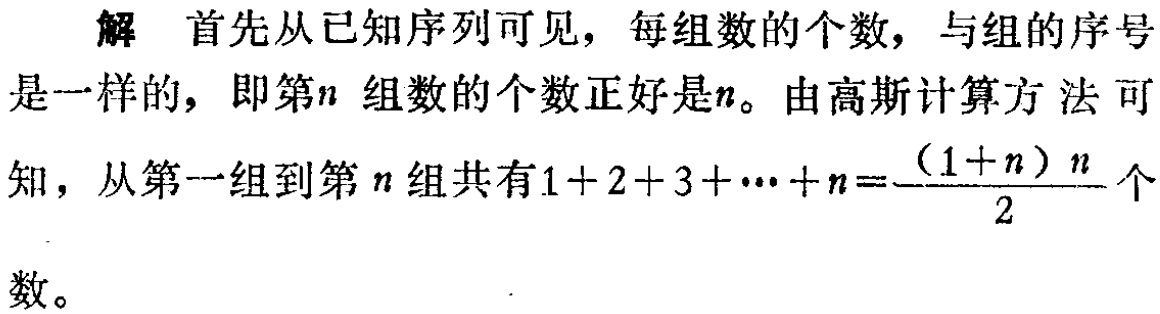
解 首先从已知序列可见，每组数的个数，与组的序号是一样的，即第\(n\)组数的个数正好是\(n\)。由高斯计算方法可知，从第一组到第\(n\)组共有\(1 + 2 + 3 + \cdots + n=\frac{(1 + n)n}{2}\)个数。